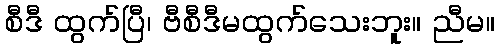
စီဒီ ထွက်ပြီ၊ ဗီစီဒီမထွက်သေးဘူး။ ညီမ။